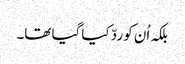
بلکہ اُن کو ردّ کیا گیا تھا۔